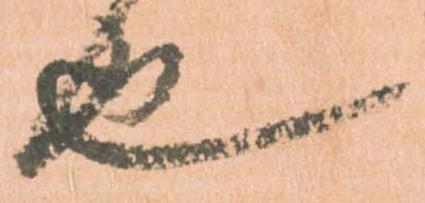
也